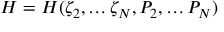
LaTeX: { \cal H } = { \cal H } ( \zeta _ { 2 } , \dots \zeta _ { \cal N } , P _ { 2 } , \dots P _ { \cal N } )